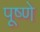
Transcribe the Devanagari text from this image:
पूष्णे